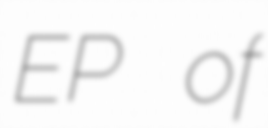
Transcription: EP of